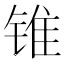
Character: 锥